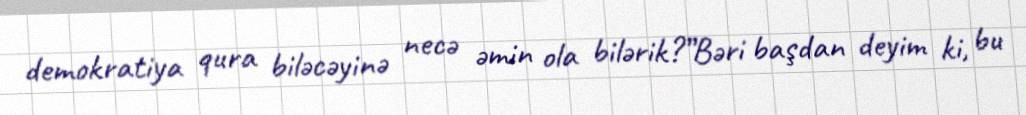
demokratiya qura biləcəyinə necə əmin ola bilərik?”Bəri başdan deyim ki, bu